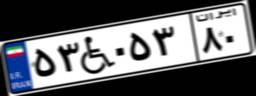
۲۶W۱۸۵۳۱